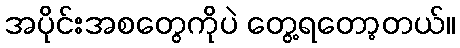
အပိုင်းအစတွေကိုပဲ တွေ့ရတော့တယ်။